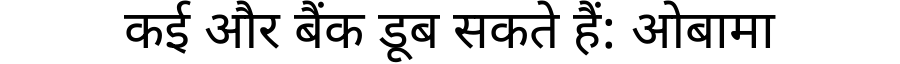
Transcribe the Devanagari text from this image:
कई और बैंक डूब सकते हैं: ओबामा